Lunatic asylums Central Provinces reports 1895-1909 - 1895-1909
Year: 1895
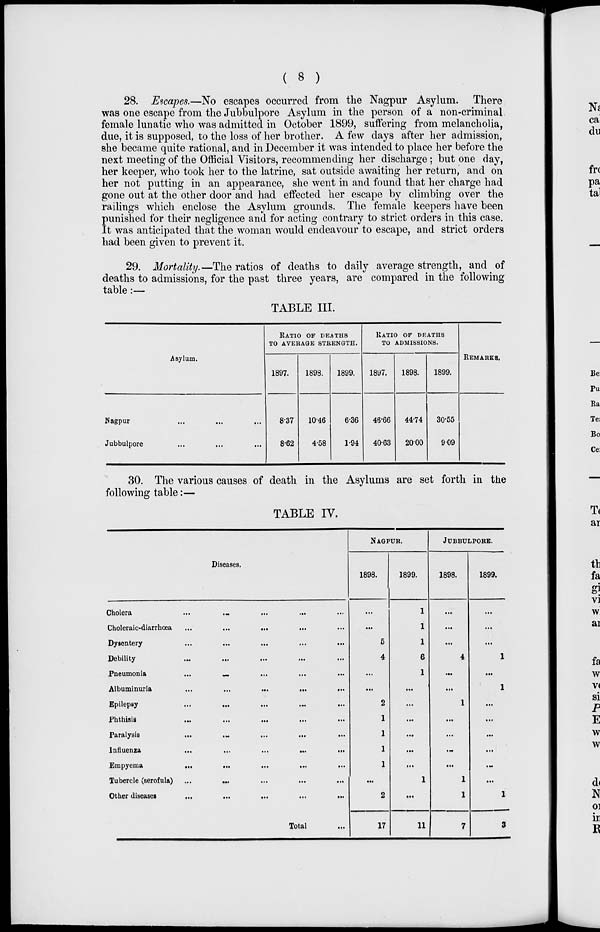
( 8 )
28. Escapes.—No escapes occurred from the Nagpur Asylum. There
was one escape from the Jubbulpore Asylum in the person of a non-criminal
female lunatic who was admitted in October 1899, suffering from melancholia,
due, it is supposed, to the loss of her brother. A few days after her admission,
she became quite rational, and in December it was intended to place her before the
next meeting of the Official Visitors, recommending her discharge; but one day,
her keeper, who took her to the latrine, sat outside awaiting her return, and on
her not putting in an appearance, she went in and found that her charge had
gone out at the other door and had effected her escape by climbing over the
railings which enclose the Asylum grounds. The female keepers have been
punished for their negligence and for acting contrary to strict orders in this case.
It was anticipated that the woman would endeavour to escape, and strict orders
had been given to prevent it.
29. Mortality.—The ratios of deaths to daily average strength, and of
deaths to admissions, for the past three years, are compared in the following
table:—
TABLE III.
Asylum.
Nagpur ... ... ...
Jubbulpore ... ... ...
RATIO OF DEATHS
TO AVERAGE STRENGTH.
1897.
8.37
8.62
1898.
10.46
4.58
1899.
6.36
1.94
RATIO OF DEATHS
TO ADMISSIONS.
1897.
46.66
40.63
1898.
44.74
20.00
1899.
30.55
9.09
REMARKS.
30. The various causes of death in the Asylums are set forth in the
following table:—
TABLE IV.
Diseases.
Cholera ... ... ... ... ...
Choleraic-diarrhœa
...
...
...
...
...
Dysentery ... ... ... ... ...
Debility ... ... ... ... ...
Pneumonia ... ... ... ... ...
Albuminuria
...
...
...
...
...
Epilepsy ... ... ... ... ...
Phthisis
...
...
...
...
...
Paralysis ... ... ... ... ...
Influenza
...
...
...
...
...
Empyema
...
...
...
...
...
Tubercle (serofula) ... ... ... ... ...
Other diseases ... ... ... ... ...
Total ...
NAGPUR.
1898.
...
...
5
4
...
...
2
1
1
1
1
...
2
17
1899.
1
1
1
6
1
...
...
...
...
...
...
1
...
11
JUBBULPORE.
1898.
...
...
...
4
...
...
1
...
...
...
...
1
1
7
1899.
...
...
...
1
...
1
...
...
...
...
...
...
1
3